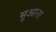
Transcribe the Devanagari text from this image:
सुआना